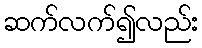
ဆက်လက်၍လည်း